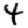
Digit: 4